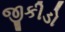
જીકીડો